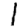
Digit: 1